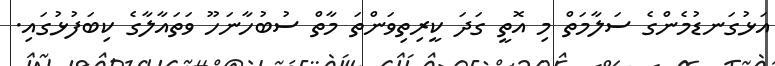
އަޅުގަނޑުމެންގެ ސަލާމަތް މި އޮތީ ގަދަ ކީރިތިވަންތަ މާތް ސުބުހާނަހޫ ވަތައާލާގެ ކިބަފުޅުގައި.